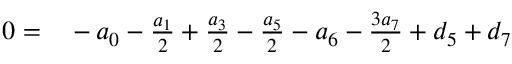
\begin{array} { r l } { 0 = } & { { } - { a _ { 0 } } - { \frac { a _ { 1 } } { 2 } } + { \frac { a _ { 3 } } { 2 } } - { \frac { a _ { 5 } } { 2 } } - { a _ { 6 } } - { \frac { 3 a _ { 7 } } { 2 } } + { d _ { 5 } } + { d _ { 7 } } } \end{array}